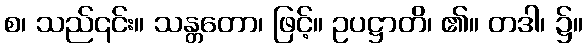
စ၊ သည်၎င်း။ သန္တတော၊ ဖြင့်။ ဥပဋ္ဌာတိ၊ ၏။ တဒါ၊ ၌။